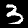
Digit: 3